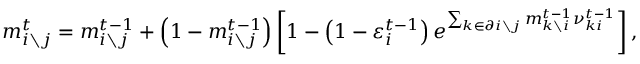
m _ { i \setminus j } ^ { t } = m _ { i \setminus j } ^ { t - 1 } + \left( 1 - m _ { i \setminus j } ^ { t - 1 } \right) \left[ 1 - \left( 1 - \varepsilon _ { i } ^ { t - 1 } \right) e ^ { \sum _ { k \in \partial i \setminus j } m _ { k \setminus i } ^ { t - 1 } \nu _ { k i } ^ { t - 1 } } \right] ,